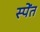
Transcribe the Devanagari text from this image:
स्पेंत